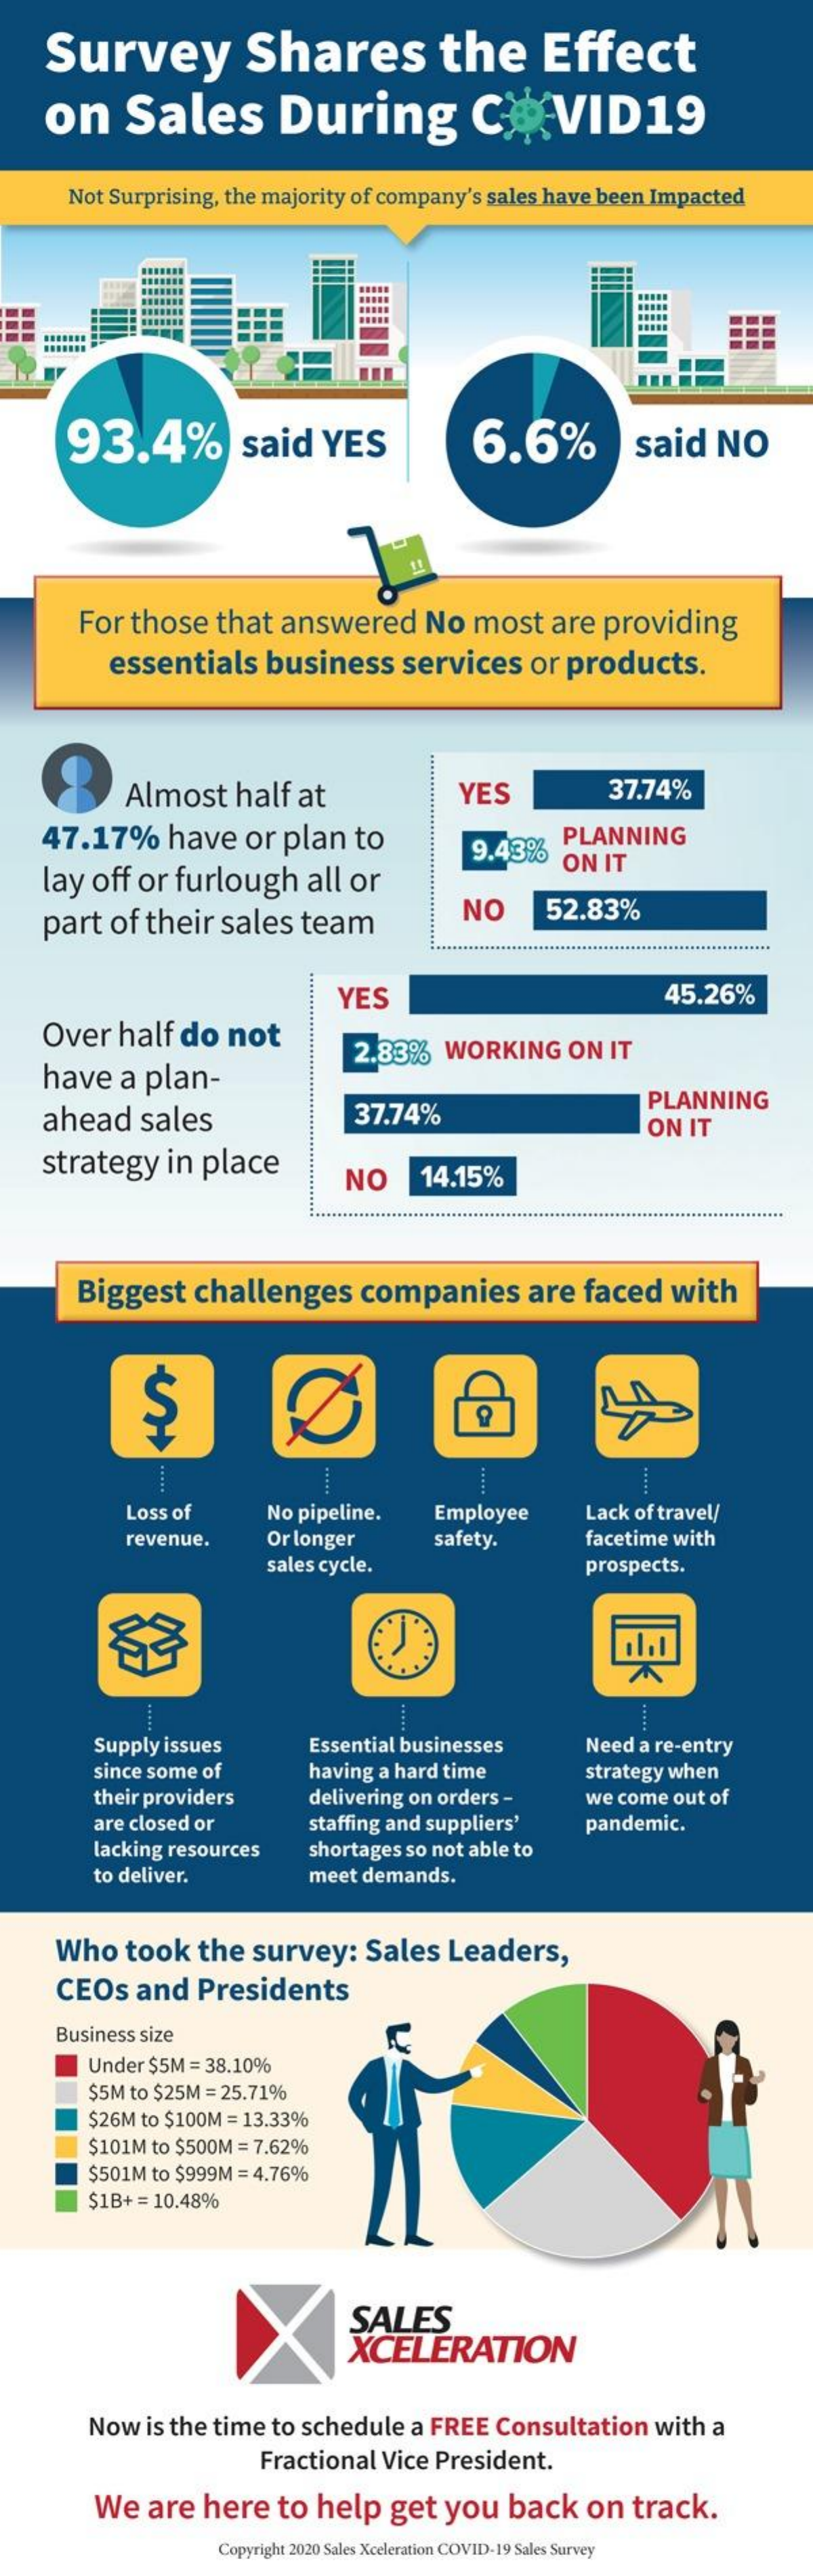
Survey    Shares    the    Effect
    on    Sales    During    COVID19
     Not Surprising, the majority of company's sales have been Impacted
     93.4%    said   YES    6.6%    said   NO
     For those  that  answered   No   most  are providing
     essentials  business    services  or products.
     Almost   half at    YES    37.74%
    47.17%    have   or plan  to    PLANNING
    lay off or furlough   all or
     9.43%
     ON  IT
    part of their sales  team    NO    52.83%
     YES    45.26%
    Over  half do  not
    have  a plan-
     2.83%  WORKING    ON IT
    ahead   sales    37.74%    PLANNING
     ON  IT
    strategy  in place    NO    14.15%
     Biggest  challenges    companies    are  faced  with
     S
     .....
     Loss of    No pipeline.  Employee    Lack of travel/
     revenue.    Or longer    safety.    facetime with
     sales cycle.    prospects.
     Supply issues    Essential businesses   Need a re-entry
     since some of    having a hard time    strategy when
     their providers   delivering on orders - we come out of
     are closed or
     lacking resources
     staffing and suppliers'
     shortages so not able to
     pandemic.
     to deliver.    meet demands.
     Who   took the  survey:   Sales  Leaders,
     CEOs  and  Presidents
     Business size
     Under $5M = 38.10%
     $5M to $25M = 25.71%
     $26M to $100M = 13.33%
     $101M to $500M = 7.62%
     $501M to $999M = 4.76%
     $1B+ = 10.48%
     SALES
     XCELERATION
     Now is the time to schedule a FREE Consultation with a
     Fractional Vice President.
     We  are  here  to help   get you  back   on  track.
     Copyright 2020 Sales Xceleration COVID-19 Sales Survey